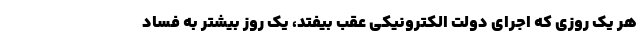
هر یک روزی که اجرای دولت الکترونیکی عقب بیفتد، یک روز بیشتر به فساد